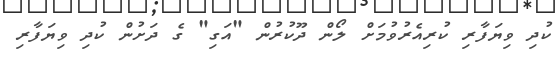
ކުދި ވިޔަފާރި ކުރިއެރުވުމަށް ލޯން ދޫކުރުން "އަގި" ގެ ދަށުން ކުދި ވިޔަފާރި